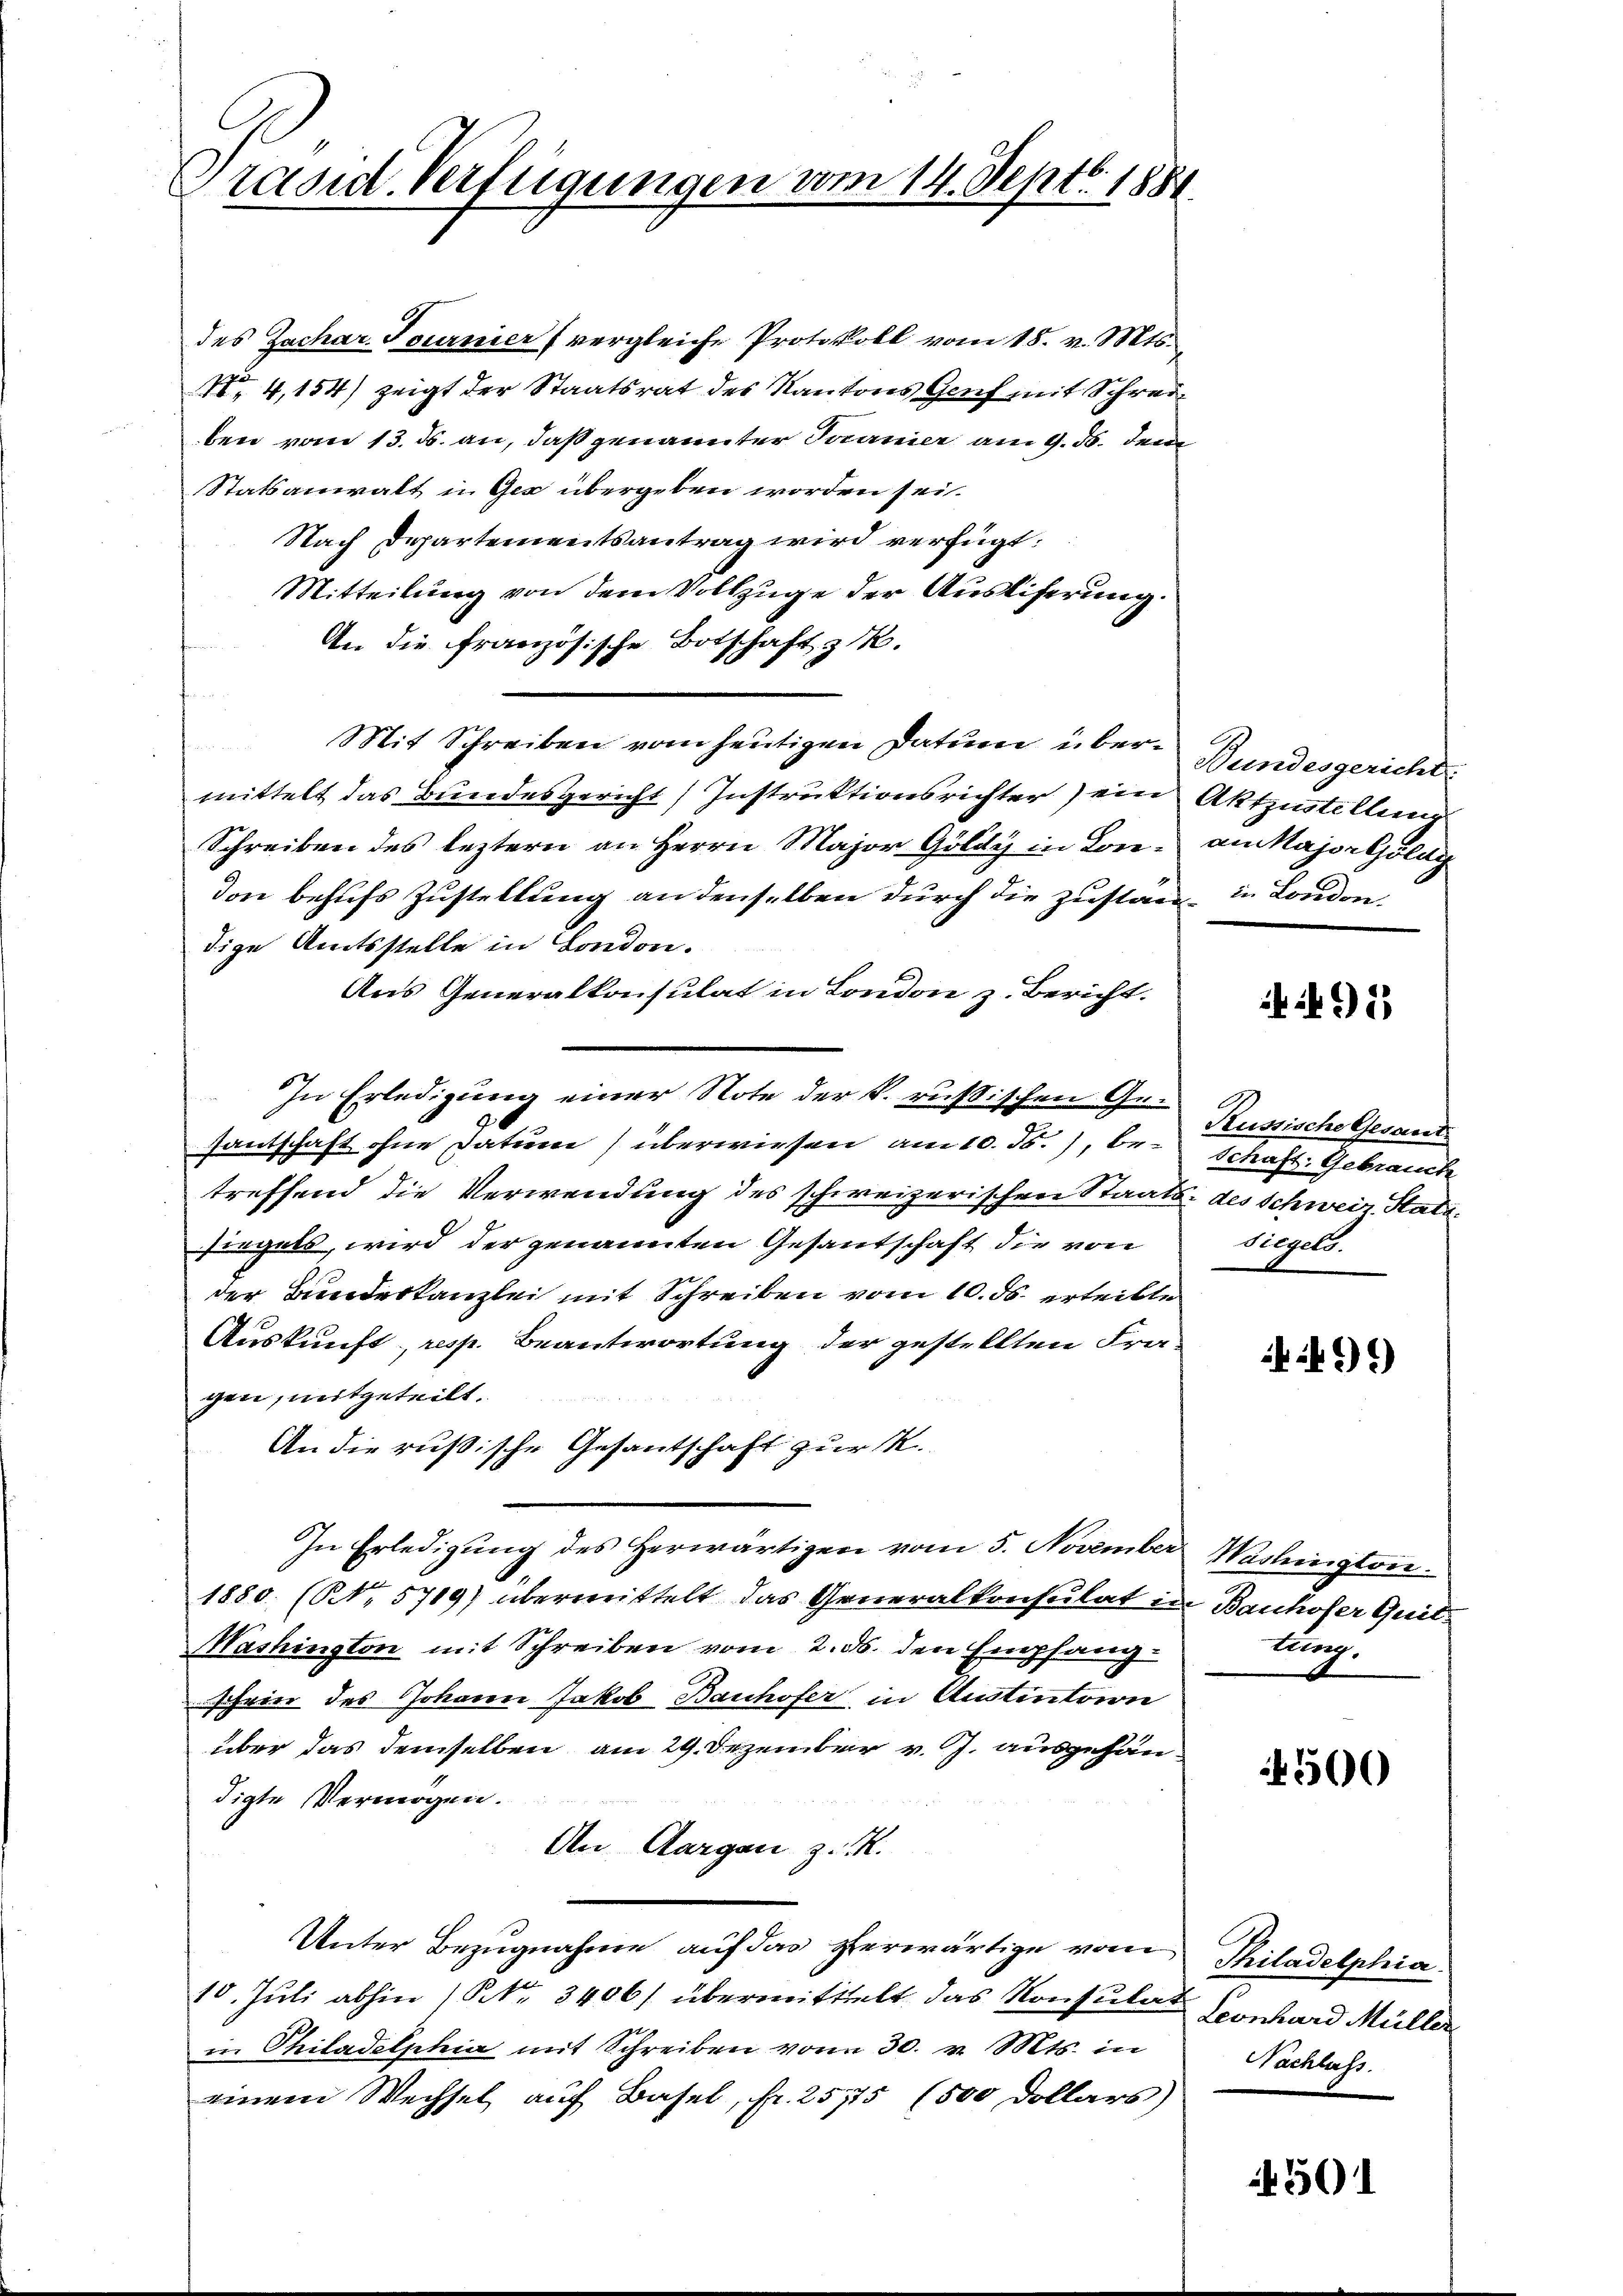
Traont. Verfügungen vom 14. Sept. 1881.

des Zachar. Tournier (vergleiche Protokoll vom 18. v. Mts.
 4,154) zeigt der Staatsrat des Kantons Genf mit Schreiben vom 13. ds. an, daß genannter Turnier am 9. ds. den
Statsanwalt in Ges übergeben worden sei.
Nach Departementsantrag wird verfügt:
Mitteilung von dem Vollzuge der Auslieferung
An die französische Botschaft z. R.
Mit Schreiben vom heutigen Datum über Bundesgericht
mittelt das Bundesgericht Instruktionsrichter ein Aktzustellung
Schreiben des leztern an Herrn Major Gold in Lon- an Majorshlag
don behufs Zustellung an denselben durch die Zustan in London.
dige Amtsstelle in London.
Aus Generalkonsulat in London z. Bericht.
In Erledigung einer Note der k. russischen Gesantschaft ohne Datum) überwiesen am 10. ds., betreffend die Verwendung des schweizerischen Staats- des Schweiz. Stattsiegets, wird der genannten Gesandschaft die von
der Bundeskanzlei mit Schreiben vom 10. ds. erteilte
Auskunft, resp. Beantwortung der gestellten Fra-
gen, mitgeteilt.
An die russische Gesantschaft zur K
In Erledigŭng des herwärtigen vom 5. November Washingtone.
1880. (NNo. 5719) übermittelt das Generalkonsulat in Bauhofer Quit¬
Mashington mit Schreiben vom 2. ds. den Empfangschrier des Johann Jakob Bauhofer in Austintern
über das demselben am 29. Dezember v. J. ausgehändigte Vermögen.
An Aargau z. K.
Unter Bezugnahme auf das herwärtige vom
10. Juli abhin / Nr. 3406/ übermittelt das Konsulat Tonhard Müller
in Philadelphia mit Schreiben von 30. v. Mts. in
einem Wechsel auf Basel, Fr. 25715 (500 Dollars)

91)

Küssische Gesand
Schaft. Gebrauch
siegels.

499)

tung

5500

Thiladelphia
Nachlass.

501